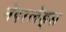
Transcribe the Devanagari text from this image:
नेदरलँड्‌स